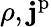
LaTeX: \rho,\mathbf{j}^{\mathrm{p}}